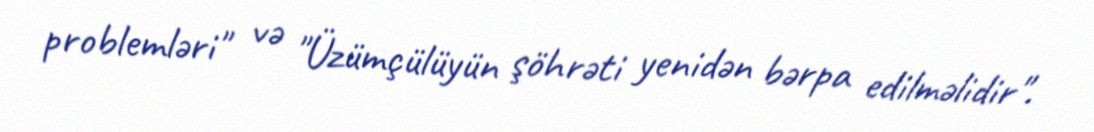
problemləri" və "Üzümçülüyün şöhrəti yenidən bərpa edilməlidir".